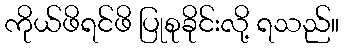
ကိုယ်ဖိရင်ဖိ ပြုစုခိုင်းလို့ ရသည်။